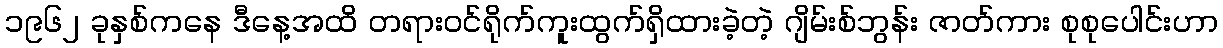
၁၉၆၂ ခုနှစ်ကနေ ဒီနေ့အထိ တရားဝင်ရိုက်ကူးထွက်ရှိထားခဲ့တဲ့ ဂျိမ်းစ်ဘွန်း ဇာတ်ကား စုစုပေါင်းဟာ